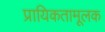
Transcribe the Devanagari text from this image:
प्रायिकतामूलक